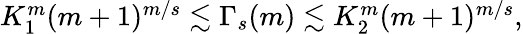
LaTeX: \begin{array}{r}{K_{1}^{m}(m+1)^{m/s}\lesssim\Gamma_{s}(m)\lesssim K_{2}^{m}(m+1)^{m/s},}\end{array}